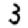
Digit: 3